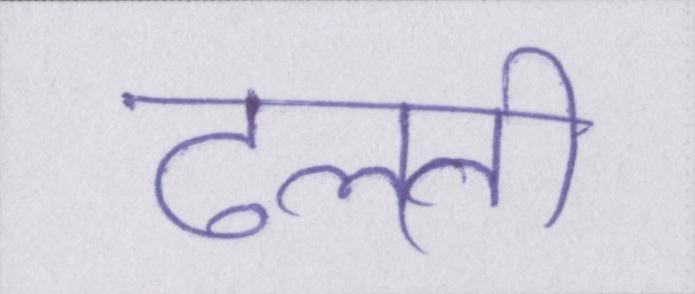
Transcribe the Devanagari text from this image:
ढलती